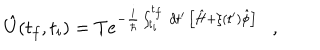
\hat { U } ( t _ { f } , t _ { i } ) = T e ^ { - \frac { i } { \hbar } \int _ { t _ { i } } ^ { t _ { f } } \, d t ^ { \prime } \, \left[ \hat { H } + \xi ( t ^ { \prime } ) \hat { \phi } \right] } \ \ \ ,